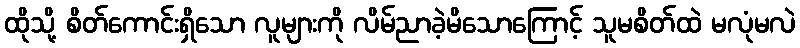
ထိုသို့ စိတ်ကောင်းရှိသော လူများကို လိမ်ညာခဲ့မိသောကြောင့် သူမစိတ်ထဲ မလုံမလဲ